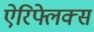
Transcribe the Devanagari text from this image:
ऐरिफ्लेक्स